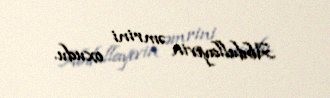
Abdullayevin əmrini oxudu.